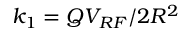
k _ { 1 } = Q V _ { R F } / 2 R ^ { 2 }